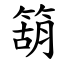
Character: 箶